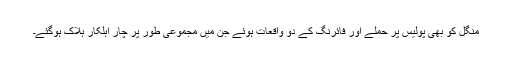
منگل کو بھی پولیس پر حملے اور فائرنگ کے دو واقعات ہوئے جن میں مجموعی طور پر چار اہلکار ہلاک ہوگئے۔